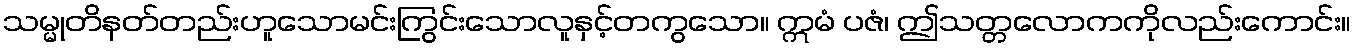
သမ္မုတိနတ်တည်းဟူသောမင်းကြွင်းသောလူနှင့်တကွသော။ ဣမံ ပဇံ၊ ဤသတ္တလောကကိုလည်းကောင်း။